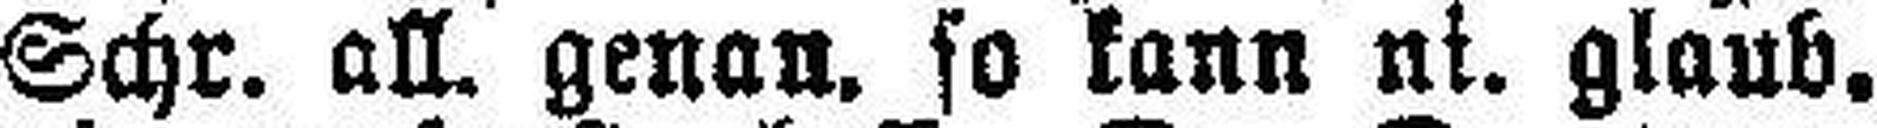
Schr. all. genan. so kann ni. glaub.